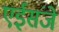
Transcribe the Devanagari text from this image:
एईसंजे